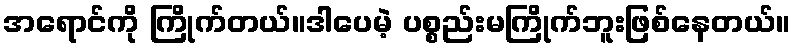
အရောင်ကို ကြိုက်တယ်။ဒါပေမဲ့ ပစ္စည်းမကြိုက်ဘူးဖြစ်နေတယ်။